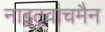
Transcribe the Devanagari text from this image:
नाइटवाचमैन